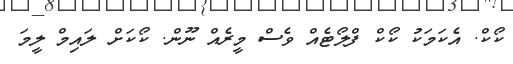
ކޯކް. އެކަމަކު ކޯކް ފްލޯޓެއް ވެސް މީރެއް ނޫން. ކޯކަށް ލައިމް ލީމަ